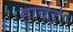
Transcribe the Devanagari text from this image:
हार्वर्ड्